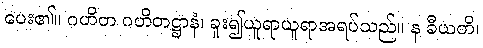
ပေး၏။ ဂဟိတ ဂဟိတဋ္ဌာနံ၊ ခူး၍ယူရာယူရာအရပ်သည်။ န ခီယတိ၊